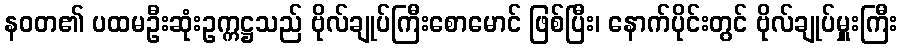
နဝတ၏ ပထမဦးဆုံးဥက္ကဋ္ဌသည် ဗိုလ်ချုပ်ကြီးစောမောင် ဖြစ်ပြီး၊ နောက်ပိုင်းတွင် ဗိုလ်ချုပ်မှူးကြီး